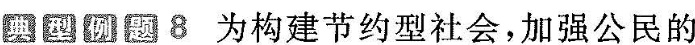
典型例题8 为构建节约型社会，加强公民的